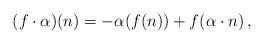
LaTeX: \begin{align*} (f\cdot \alpha) (n) = -\alpha(f(n)) +f(\alpha\cdot n)\,, \end{align*}